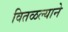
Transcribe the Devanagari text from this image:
वितळल्याने